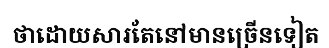
ថាដោយសារតែនៅមានច្រើនទៀត